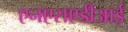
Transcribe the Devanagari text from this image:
एनएसएडीआई